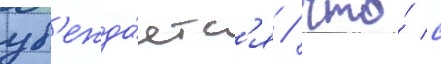
уб'ежда́етс'я / что́ с